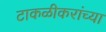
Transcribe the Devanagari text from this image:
टाकळीकरांच्या